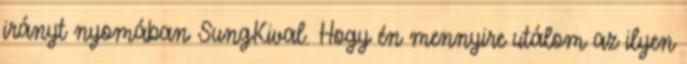
irányt nyomában SungKival. Hogy én mennyire utálom az ilyen